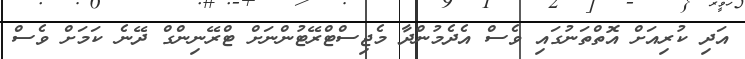
އަދި ކުރިއަށް އޮތްތަނުގައި ވެސް އެދެމުންދާ މެޖިސްޓްރޭޓުންނަށް ޓްރޭނިންގް ދޭނެ ކަމަށް ވެސް